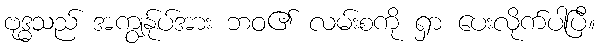
ဗုဒ္ဓသည် အကျွန်ုပ်အား ဘဝ၏ လမ်းစကို ရှာ ပေးလိုက်ပါပြီ။